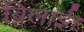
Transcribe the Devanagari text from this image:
बिलाई।